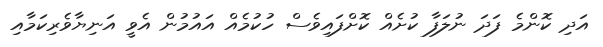
އަދި ކޮންމެ ފަދަ ނުލަފާ ކުށެއް ކޮށްފައިވެސް ހުކުމެއް އައުމުން އެވީ އަނިޔާވެރިކަމާއި